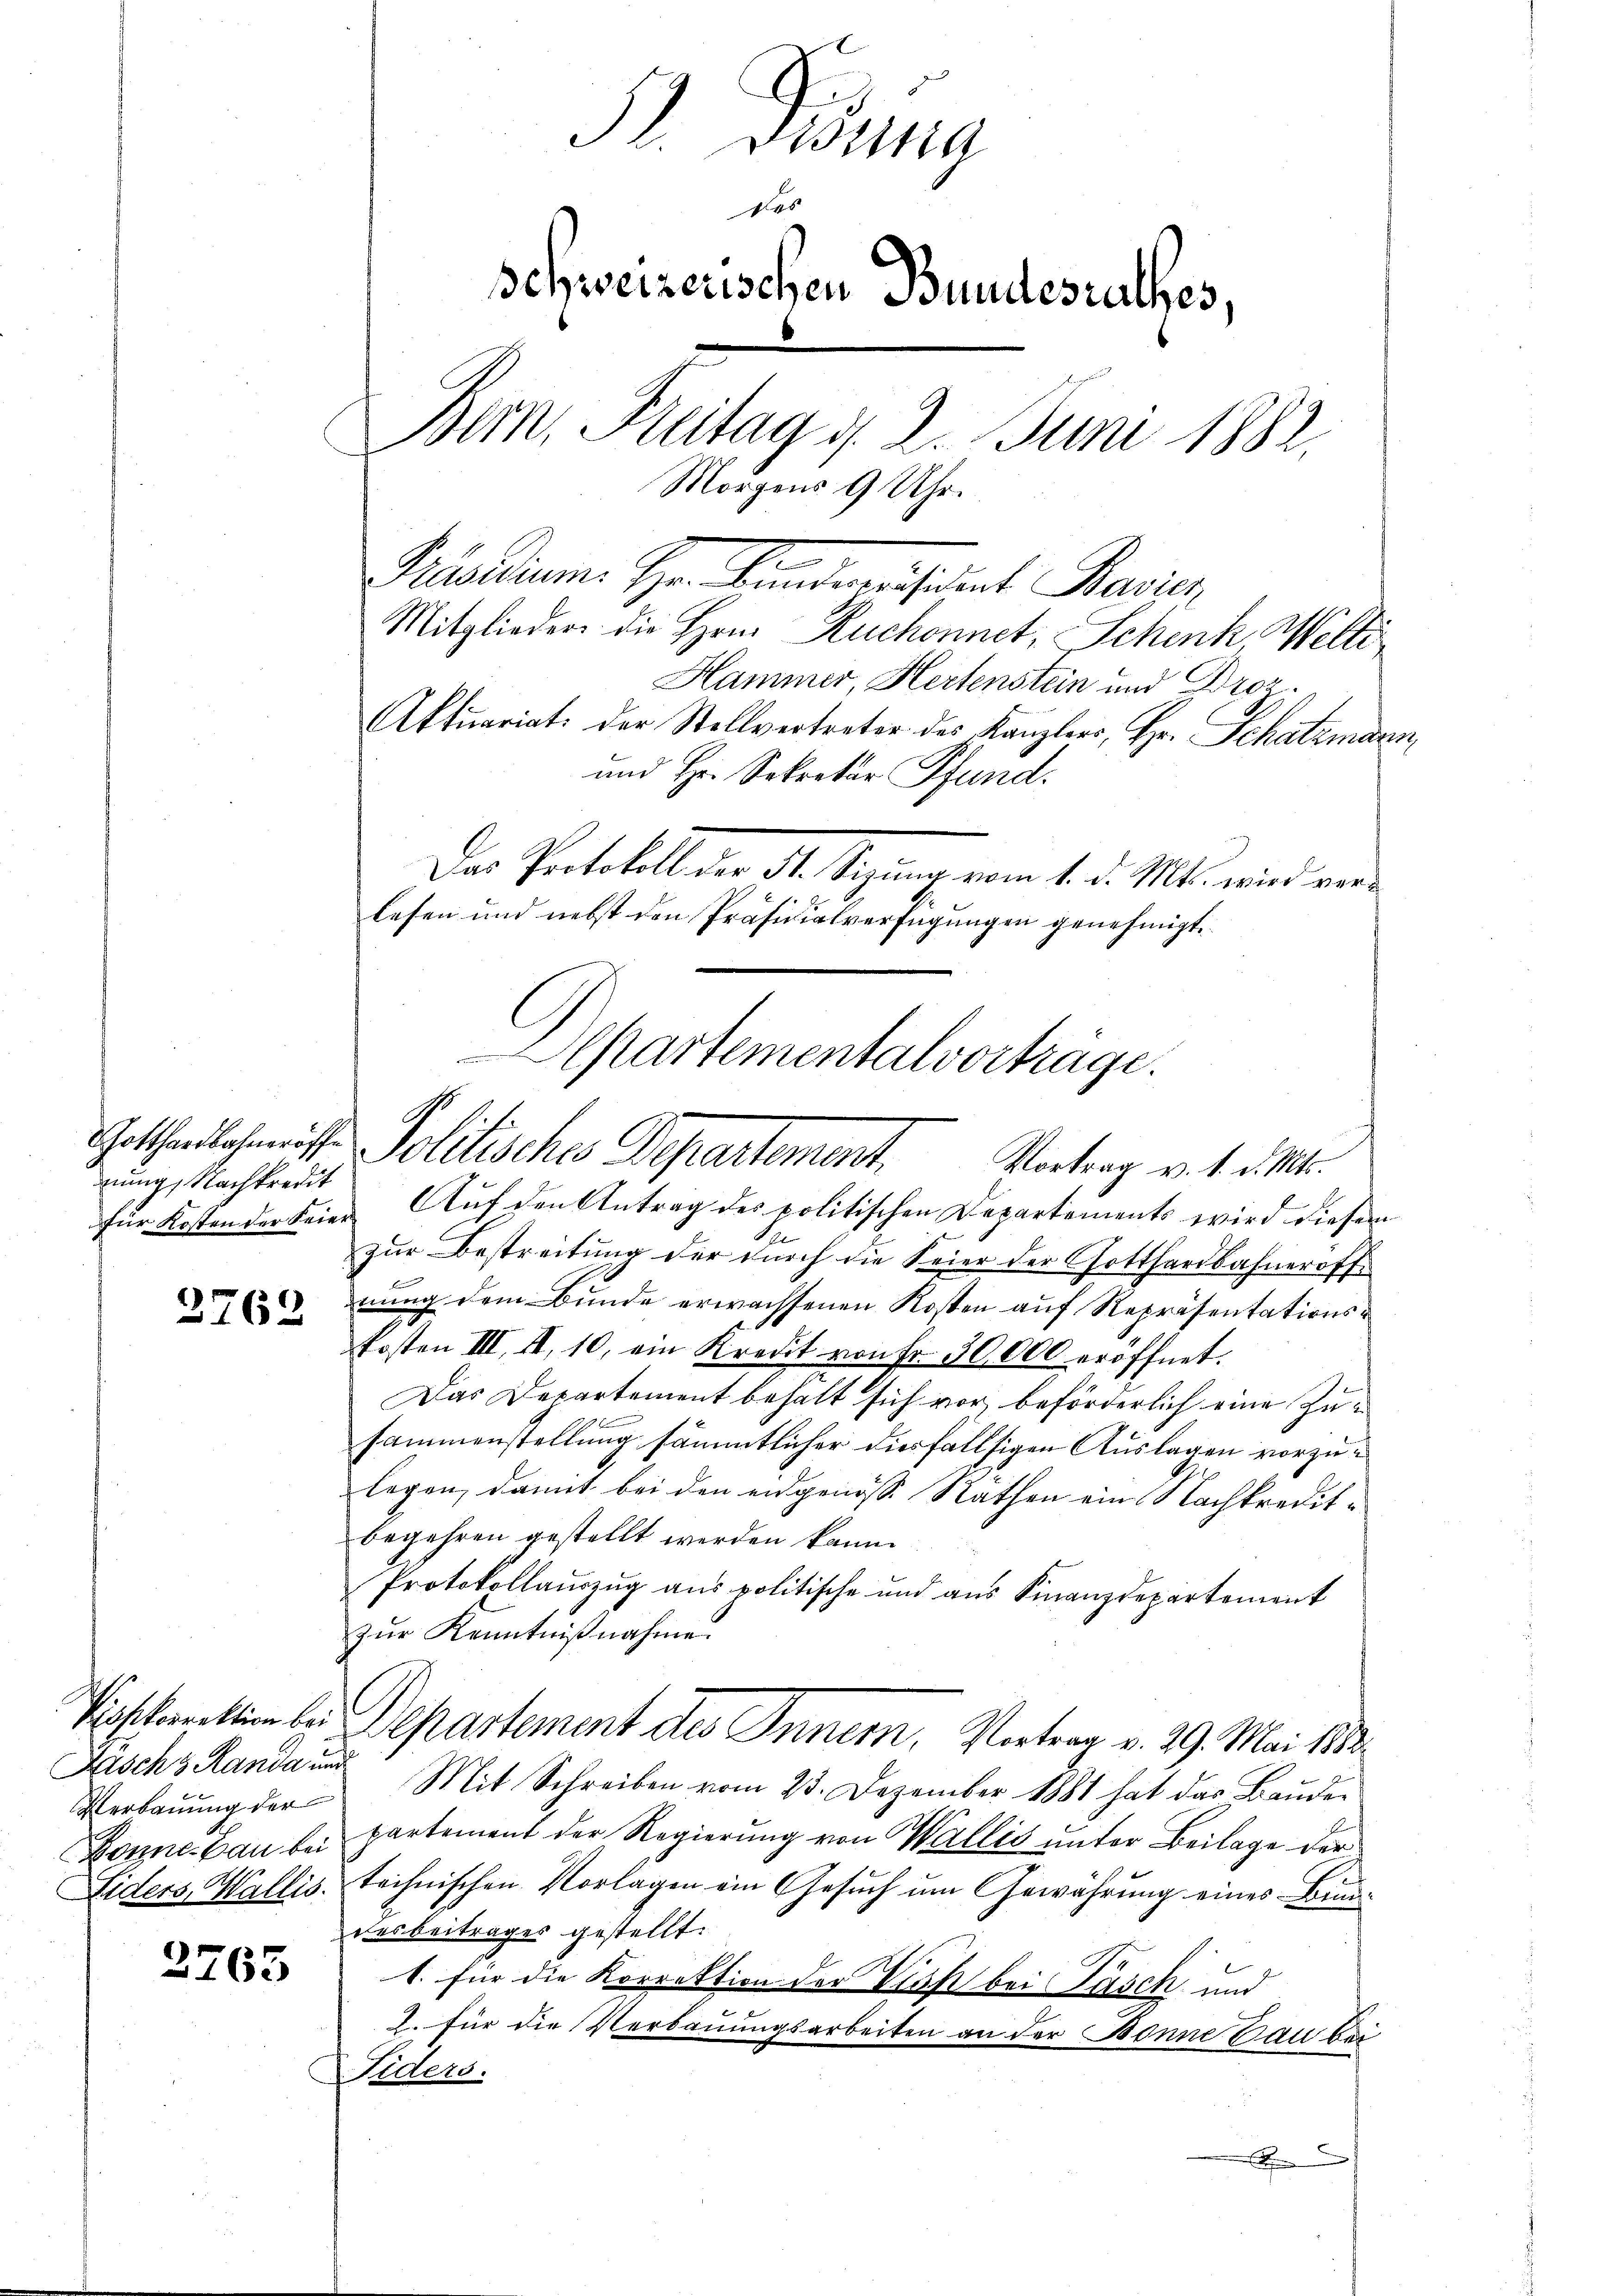
2762

Pisekorrektion bei
Fasch 3 Manda und
Verbauung der
Bonne bau bei
Liders, Wallis.

2765

P. Disena
das
Schweizerischen Bundesrathes,
Bern, Freitag d. 2. Juni 1882.
Morgens 9 Uhr.

gung, Nachkredit

Präsidium. Hr. Kindernissent Basis
Mitglieder die Hrn. Ruchonnet; Schenk Welti
Hammer, Hertenstein und Dro¬
Aktuariat der Stellvertreter des Kanzlers, Hr. Schatzmann,
und Hr. Sekretär Pfund
Das Protokoll der St. Siegung vom 1. d. Mts. wird verlesen und nebst den Präsidialverfügungen genehmigt.
für Kosten der Feier Aŭf den Antrag des politischen Departements wird diesem
zur Bestreitung der durch die Seier der Gotthardbahneroff
E
nung dem Bunde erwachsenen Kosten auf Repräsentationskosten III, II, 10, ein Kredit von Fr. 30,000 eröffnet.
Das Departement behält sich vor, beförderlich eine Zusammenstellung sämmtlicher diesfallsigen Auslagen vorzulegen, damit bei den eidgenöss. Rathen ein Nachkredite
begehren gestellt werden kann.
Protokollauszug aus politische und aus Finanzdepartement
zŭr Kenntniβnahme.
Departement des Innern, Vortrag v. 29. Mai 188.
Mit Schreiben vom 23. Dezember 1881 hat das Bauder
partement der Regierung von Wallis unter Beilage der
technischen Vorlagen ein Gesuch um Gewährung eines Bundesbeitrages gestellt.
1. für die Korrektion der Vieh bei Tasch und
2. für die Verbauungsarbeiten an der Bonne Bau bei
Fiders.
.

Separtementalvorträge.
Gothenlachmiss- Politisches Departement,
Vortrag v. 1. d. Mts.